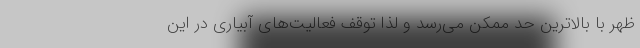
ظهر با بالاترین حد ممکن می‌رسد و لذا توقف فعالیت‌های آبیاری در این